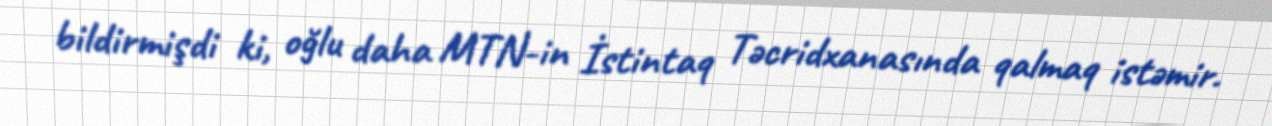
bildirmişdi ki, oğlu daha MTN-in İstintaq Təcridxanasında qalmaq istəmir.